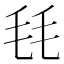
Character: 㲎